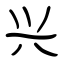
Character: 兴